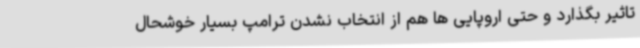
تاثیر بگذارد و حتی اروپایی ها هم از انتخاب نشدن ترامپ بسیار خوشحال